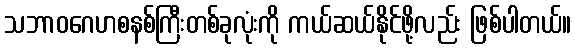
သဘာဝဂေဟစနစ်ကြီးတစ်ခုလုံးကို ကယ်ဆယ်နိုင်ဖို့လည်း ဖြစ်ပါတယ်။